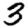
Digit: 3